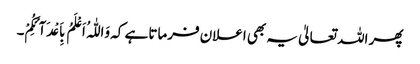
پھر اللہ تعالیٰ یہ بھی اعلان فرماتا ہے کہ وَاللّٰہُ اَعْلَمُ بِاَعْدَآئِکُمْ۔